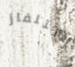
للتلفاز